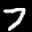
Label: 7